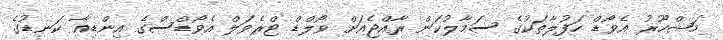
މަޝްހޫރު އެވޯޑް ހަފުލާތަކުގެ ސަމާލުކަން ރާއްޖެއަށް ވޯލްޑް ޓްރެވަލް އެވޯޑްސްގެ އިންޑިއާ ކަނޑުގެ